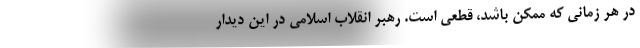
در هر زمانی که ممکن باشد، قطعی است. رهبر انقلاب اسلامی در این دیدار